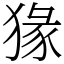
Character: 猭